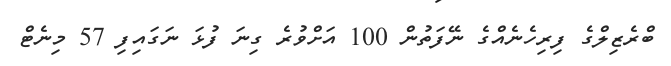
ބްރެޒިލްގެ ފިރިހެނެއްގެ ނޭފަތުން 100 އަށްވުރެ ގިނަ ފުޅަ ނަގައިފި 57 މިނެޓް